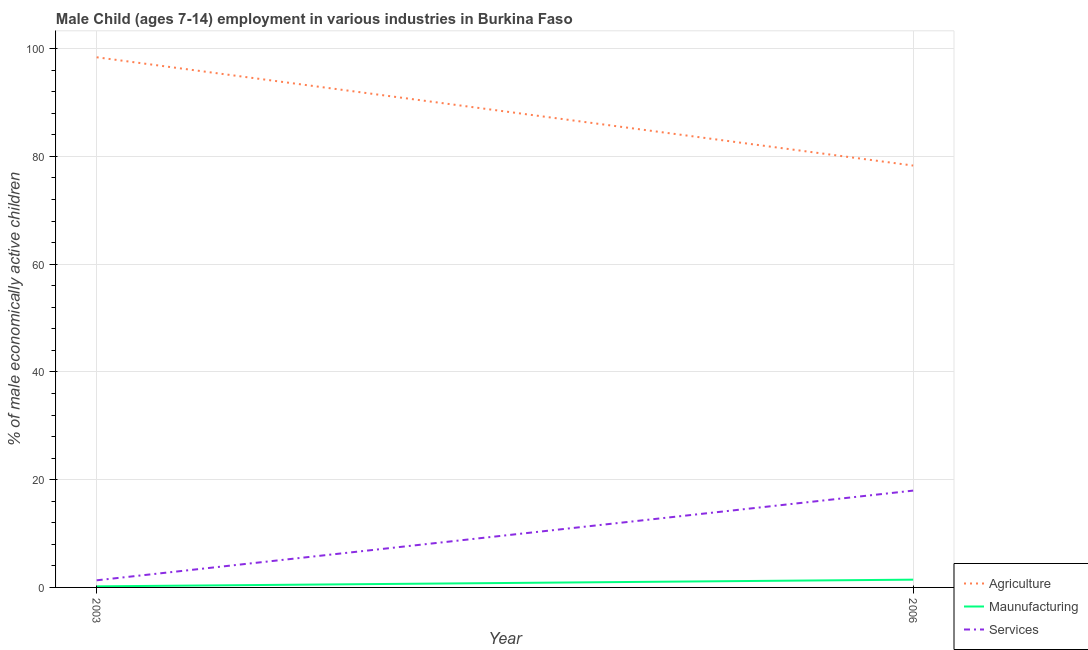
| Year | Agriculture | Maunufacturing | Services |
 | --- | --- | --- | --- |
 | 2003 | 98.4 | 0.2 | 1.32 |
 | 2006 | 78.3 | 1.44 | 18 |